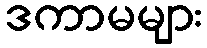
ဒကာမများ